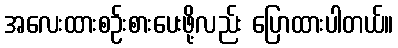
အလေးထားစဉ်းစားပေးဖို့လည်း ပြောထားပါတယ်။